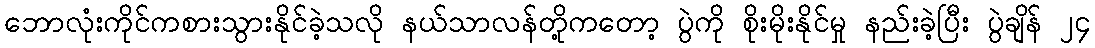
ဘောလုံးကိုင်ကစားသွားနိုင်ခဲ့သလို နယ်သာလန်တို့ကတော့ ပွဲကို စိုးမိုးနိုင်မှု နည်းခဲ့ပြီး ပွဲချိန် ၂၄